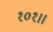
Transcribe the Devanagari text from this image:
१०१।।